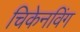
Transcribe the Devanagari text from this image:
चिकेनविंग